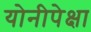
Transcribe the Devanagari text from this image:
योनीपेक्षा